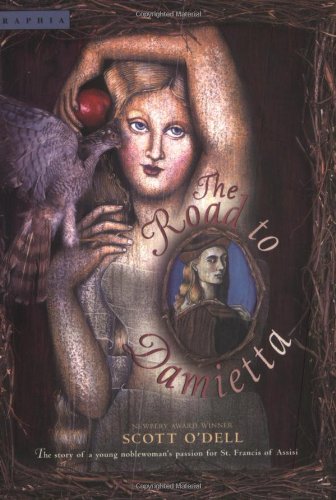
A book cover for The Road to Damietta; Scott O'Dell; Teen & Young Adult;